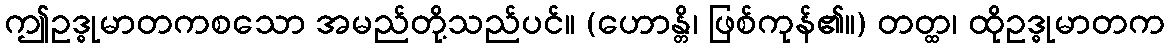
ဤဥဒ္ဓုမာတကစသော အမည်တို့သည်ပင်။ (ဟောန္တိ၊ ဖြစ်ကုန်၏။) တတ္ထ၊ ထိုဥဒ္ဓုမာတက